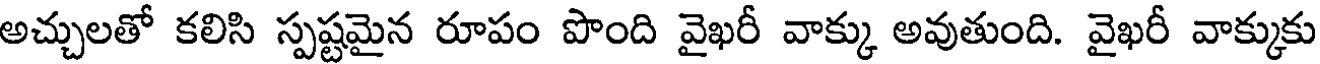
అచ్చులతో కలిసి స్పష్టమైన రూపం పొంది వైఖరీ వాక్కు అవుతుంది. వైఖరీ వాక్కుకు